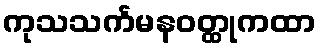
ကုသသင်္ကမနဝတ္ထုကထာ